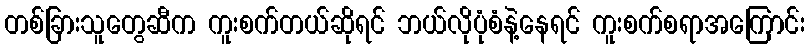
တစ်ခြားသူတွေဆီက ကူးစက်တယ်ဆိုရင် ဘယ်လိုပုံစံနဲ့နေရင် ကူးစက်စရာအကြောင်း